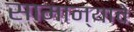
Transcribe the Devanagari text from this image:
सामान्याचे